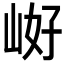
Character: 𭖝